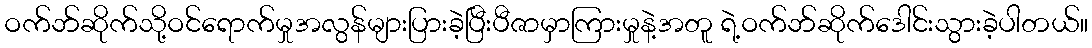
ဝက်ဘ်ဆိုက်သို့ဝင်ရောက်မှုအလွန်များပြားခဲ့ပြီးပီဇာမှာကြားမှုနဲ့အတူ ရဲ့ဝက်ဘ်ဆိုက်ဒေါင်းသွားခဲ့ပါတယ်။